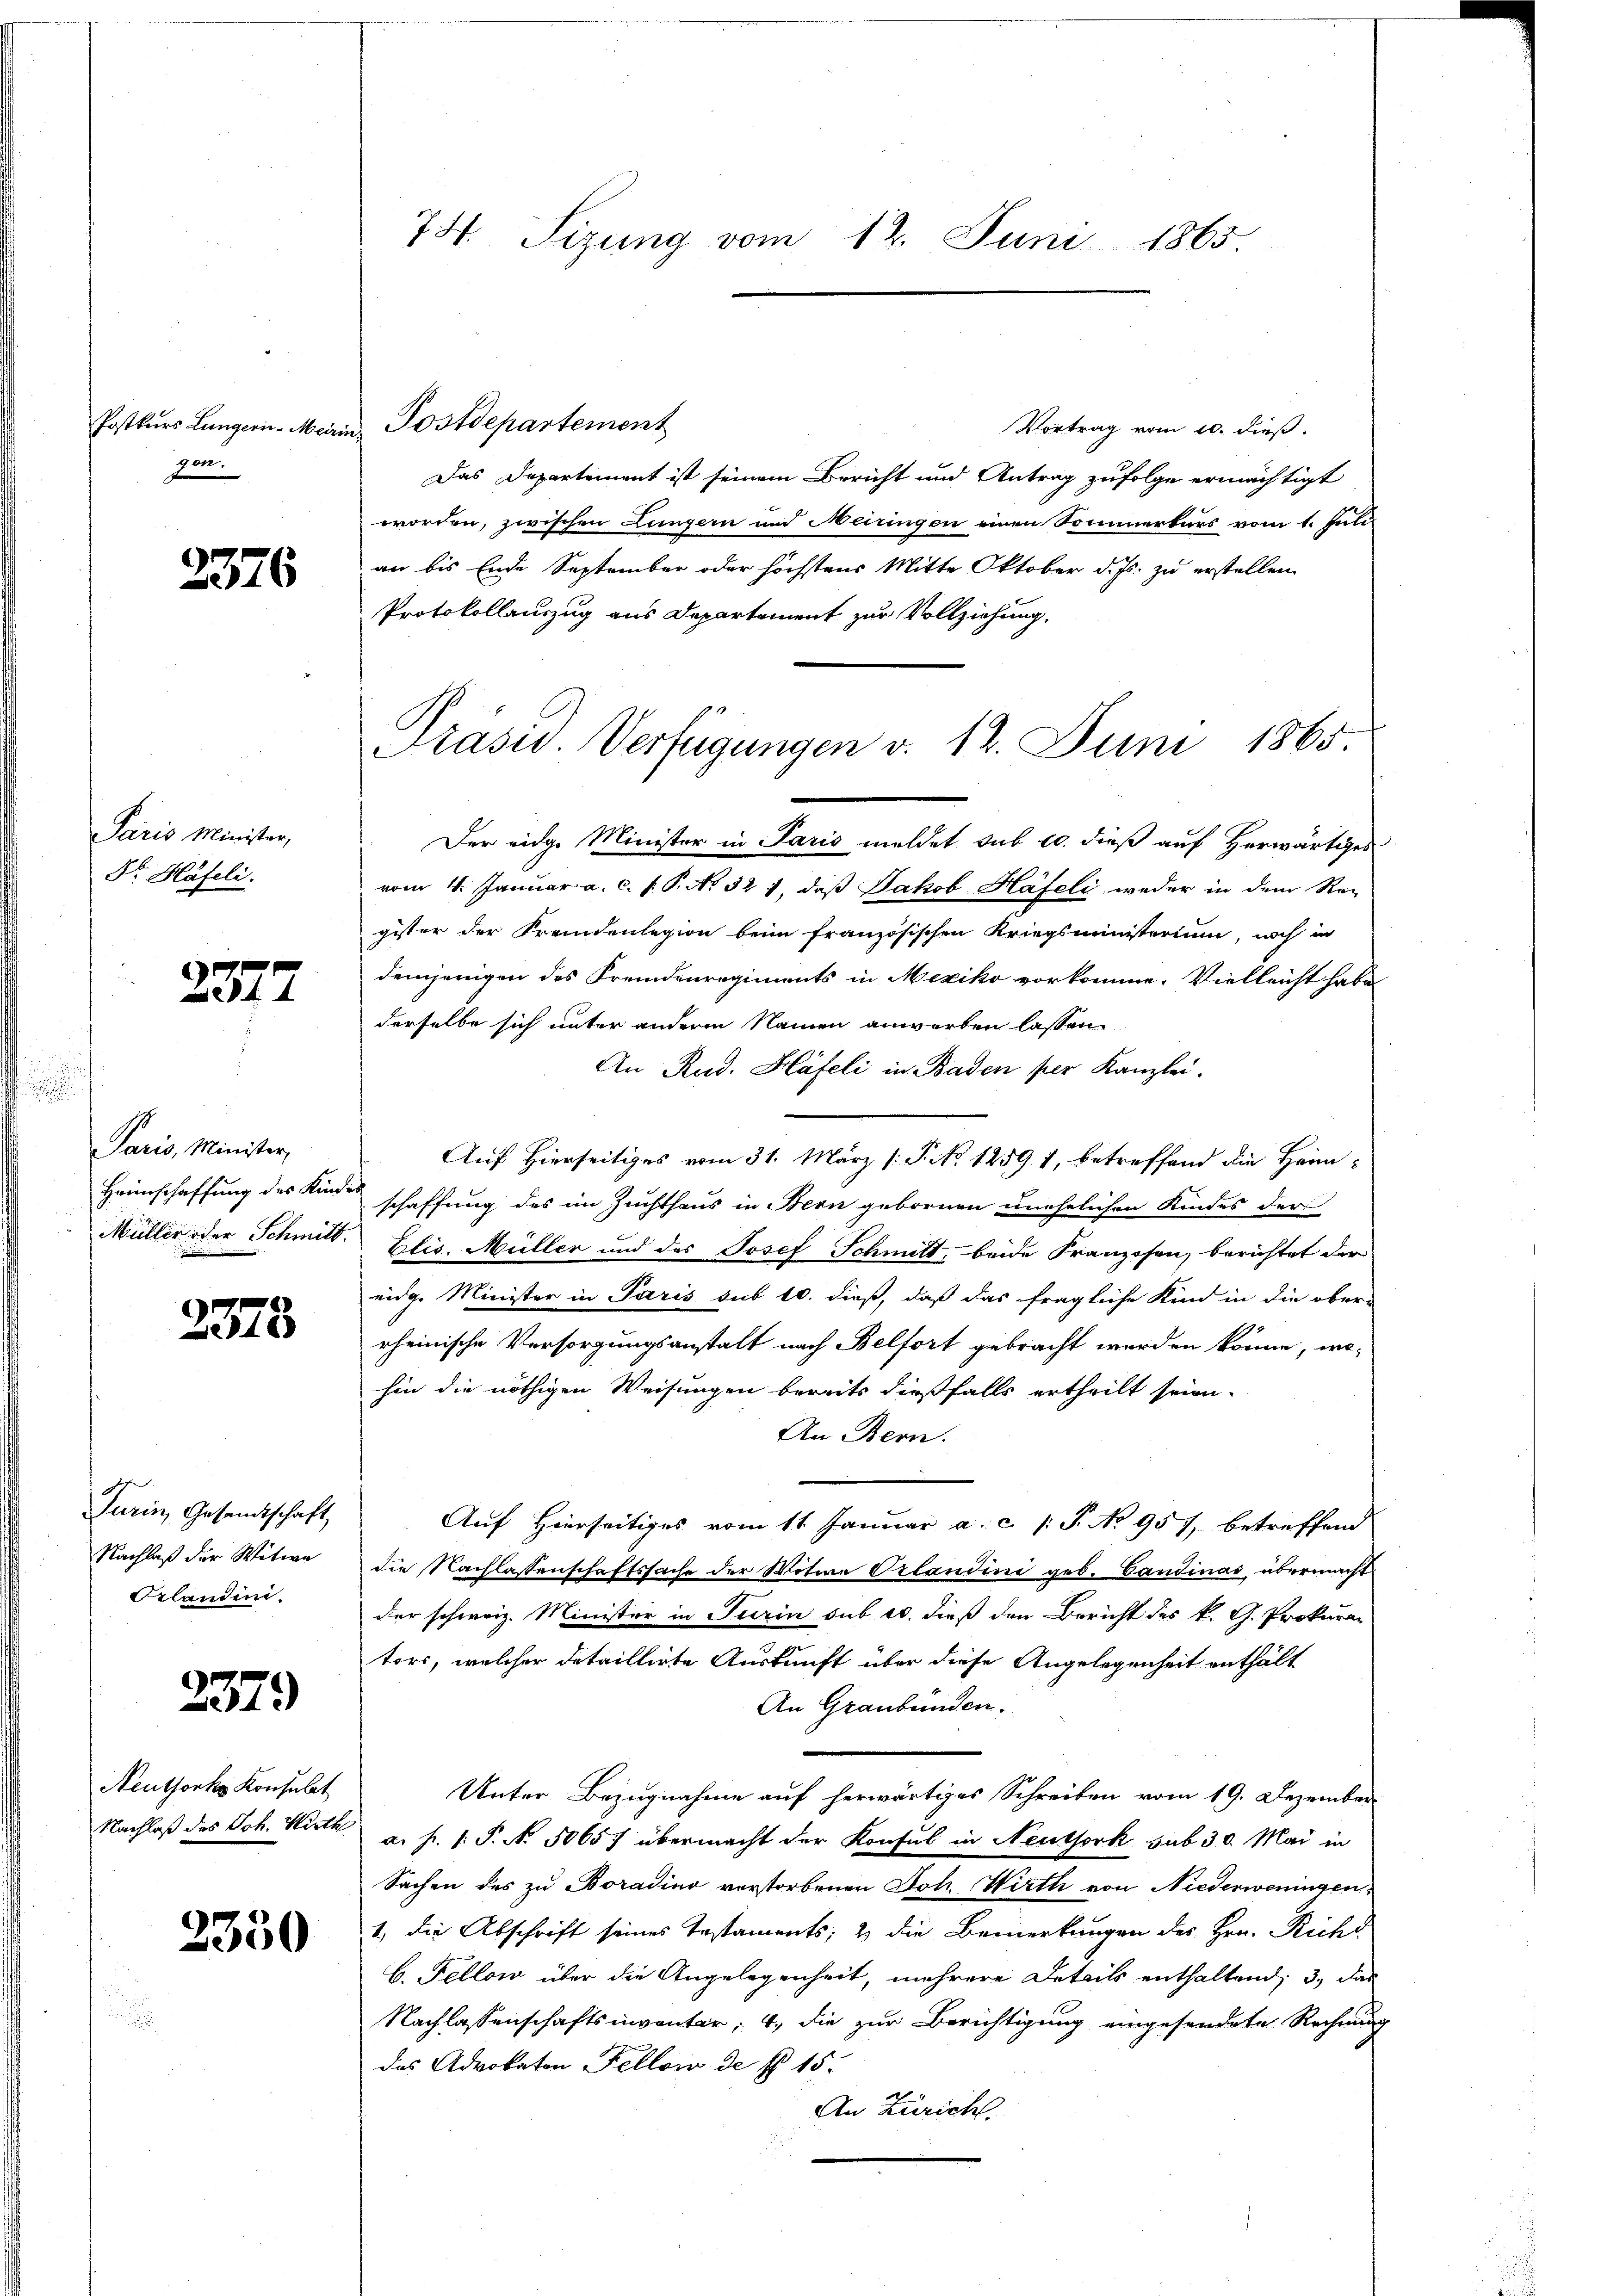
gen.

2376

Paris Minister,
Dr. Häfeli.

2377

¬
Paris, Minister,

2378

Turin, Gesandtschaft
Nachlaß der Witwe
Prlandini.

2379

Neuthorks Konsulat

2330

Postkurs Lungerin-Meirin Postdepartement
Vortrag vom 10. dieß.
Das Departement ist seinem Bericht und Antrag zufolge ermächtigt
worden, zwischen Lungern und Meiringen einen Sommerkurs vom 1. Juli
an bis Ende September oder höchstens Mitte Oktober d. Js. zu erstellen
Protokollauszug aus Departement zur Vollziehung.
Der eidge Minister in Paris meldet sub 20. dieß auf Herwärtiges
vom 4. Januar a. c. s. P. No. 321, daß Jakob Häfeli weder in dem Re-
gister der Fremdenlegion beim französischen Kriegsministerium, noch in
demjenigen des Fremdenregiments in Mexiko vorkomme. Vielleicht habe
derselbe sich unter anderm Namen anwerben lassen
An Rud. Häfeli in Baden per Kanzlei.
Auf Hierseitiges vom 31. März /: P. No 1259 1, betreffend die Heim-
Heimschaffung des Kinde schaffung des im Zuchthaus in Bern gebornen unehelichen Kindes der
Müller oder Schmitt. Elis. Müller und des Josef Schmitt, beide Franzosen, berichtet der
eidg. Minister in Paris sub 10. dieß, daß das fragliche Kind in die ober-
rheinische Versorgungsanstalt nach Belfort gebracht werden könne, wo-
hin die nöthigen Weisungen bereits dießfalls ertheilt seien.
An Bern.
Auf Hierseitiges vom 11. Januar a. c. (T. No 957, betreffend
die Nachlassenschaftssache der Witive Orlandini geb. Candinas, übermacht
der schweiz. Minister in Turin sub 20. dieß den Bericht des k. G. Prokuran
tors, welcher detaillirte Auskunft über diese Angelegenheit enthält
An Graubünden.
Unter Bezugnahme auf herwärtiges Schreiben vom 19. Dezember
Nachlaß des Joh. Wirth. a. p. 1. P. No. 50657 übermacht der Konsul in Neuthork sub 30. Mai in
Sachen des zu Boradino verstorbenen Joh. Wirth von Niederweningen
1, die Abschrift seines Testaments; & die Bemerkungen des Hrn. Richt
b. Fellow über die Angelegenheit, mehrere Details enthaltend, 3., das
Nachlassenschaftsinventar, 4, die zur Berichtigung eingesendete Rechnung
das Advokaten Fellow de fl. 15.
An Züricht.

74. Sizung vom 12. Juni 1865.

Präsid. Verfügungen v. 12. Juni 1865